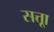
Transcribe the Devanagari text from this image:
सत्ताू